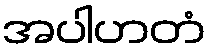
အပါဟတံ